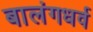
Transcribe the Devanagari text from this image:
बालंगधर्व